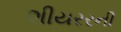
શીયરરની